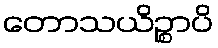
တောသယိဉ္စာပိ